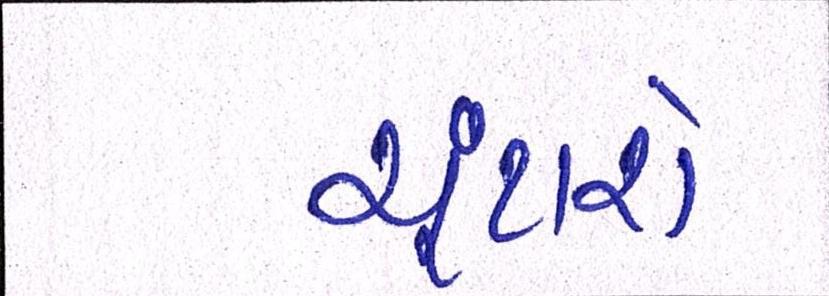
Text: ચૂંટાશે